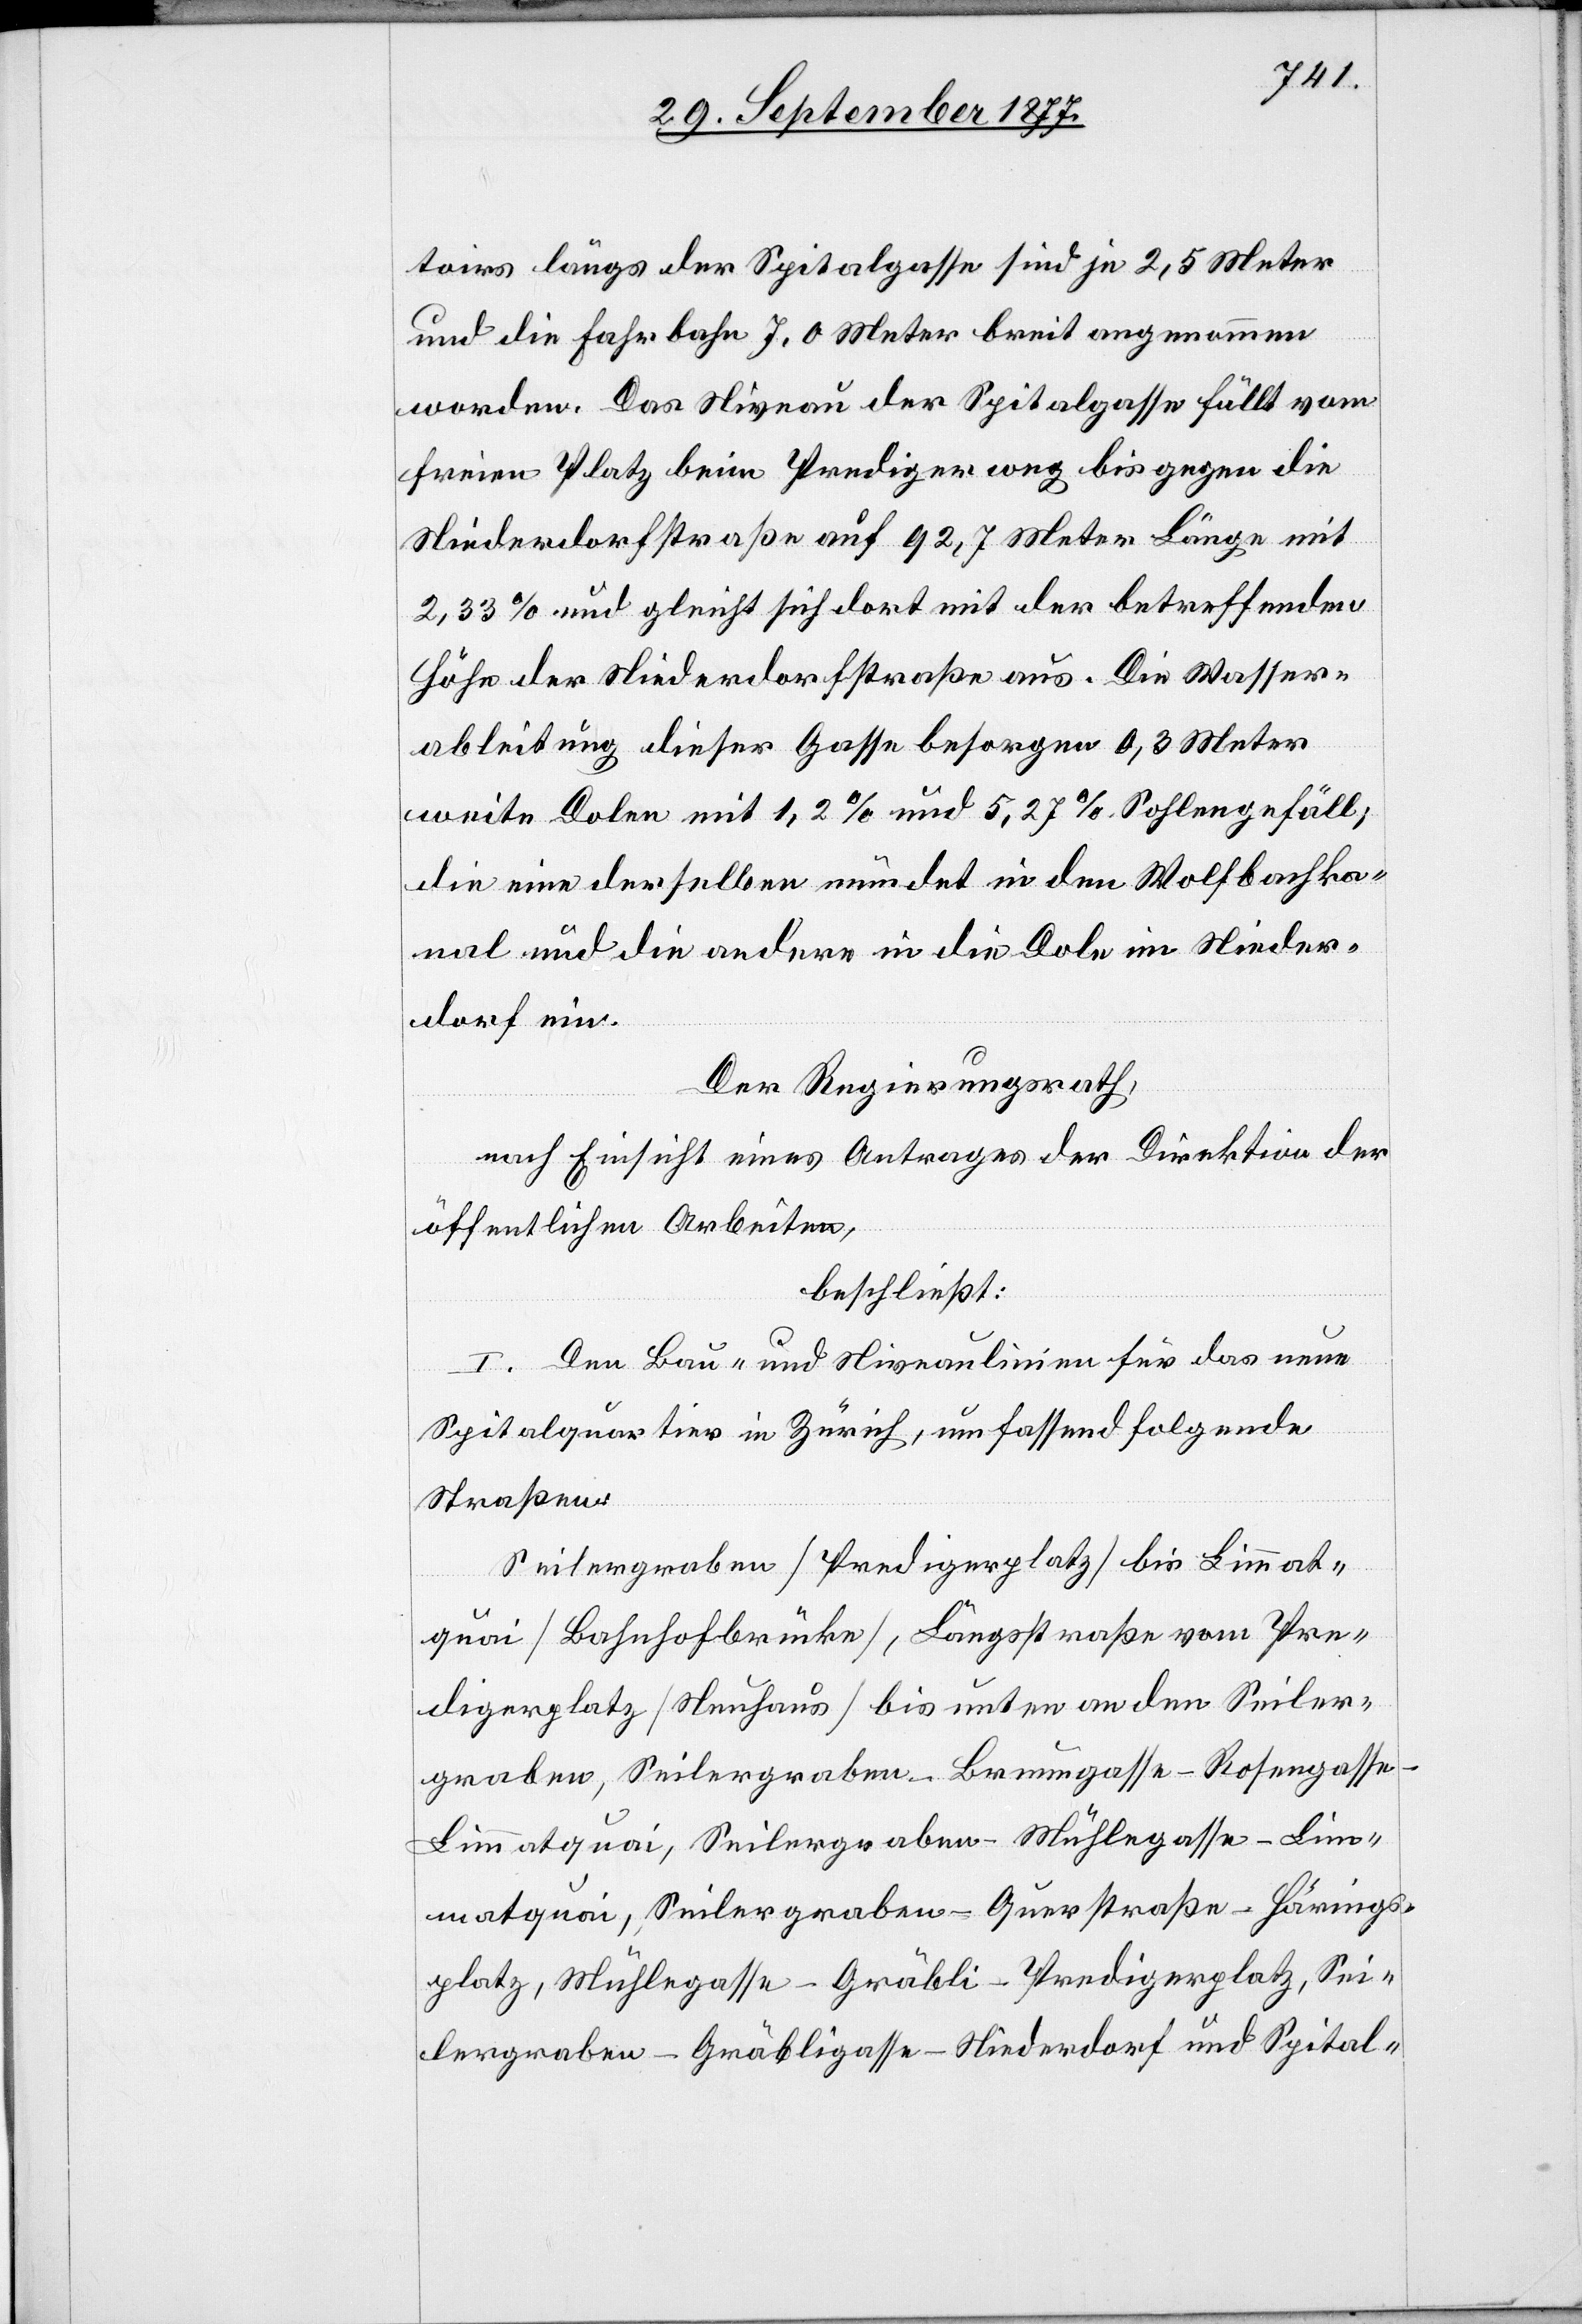
toirs längs der Spitalgasse sind je 2,5 Meter
und die Fahrbahn 7,0 Meter breit angenommen
worden. Das Niveau der Spitalgasse fällt vom
freien Platz beim Predigerweg bis gegen die
Niederdorfstraße auf 92,7 Meter Länge mit
2,33 % und gleicht sich dort mit der betreffenden
Höhe der Niederdorfstraße aus. Die Wasser¬
ableitung dieser Gasse besorgen 0,3 Meter
weite Dolen mit 1,2 % und 5,27 % Sohlengefäll;
die eine derselben mündet in den Wolfbachka¬
nal und die andere in die Dole im Nieder¬
dorf ein.
Der Regierungsrath,
nach Einsicht eines Antrages der Direktion der
öffentlichen Arbeiten,
beschließt:
I. Den Bau- und Niveaulinien für das neue
Spitalquartier in Zürich, umfassend folgende
Straßen:
Seilergraben [Predigerplatz] bis Limmat¬
quai [Bahnhofbrücke], Längsstraße vom Pre¬
digerplatz [Neuhaus] bis unten an den Seiler¬
graben, Seilergraben–Brunngasse–Rosengasse–L¬
immatquai, Seilergraben–Mühlegasse–Lim¬
matquai, Seilergraben–Querstraße–Härings¬
platz, Mühlegasse–Gräbli–Predigerplatz, Sei¬
lergraben–Gräbligasse–Niederdorf und Spital-